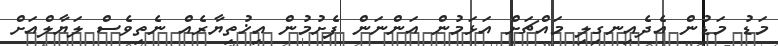
މަޑު މަޑުން އެދެއިނގިލި މައްޗަށް އަޅަމުން އަންނަން ފެށުމުން އިޚުތިޔާރެއް ނެތިވެސް ލަޔާލްއަށް